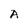
Character: A